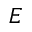
E